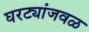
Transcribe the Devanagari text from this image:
घरट्यांजवळ